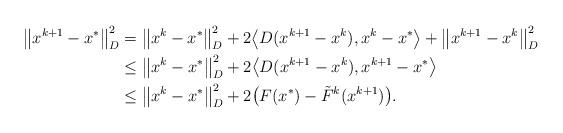
LaTeX: \begin{align*}\big\|x^{k+1}-x^*\big\|_D^2 & = \big\|x^k-x^*\big\|_D^2 + 2\big\langle D(x^{k+1}-x^k), x^k-x^*\big\rangle +\big\|x^{k+1}-x^k\big\|_D^2\\&\leq \big\|x^k-x^*\big\|_D^2 + 2\big\langle D(x^{k+1}-x^k), x^{k+1}-x^*\big\rangle\\&\leq \big\|x^k - x^*\big\|_D^2 + 2\big(F(x^*) - \tilde{F}^k(x^{k+1})\big).\end{align*}